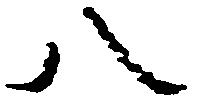
八